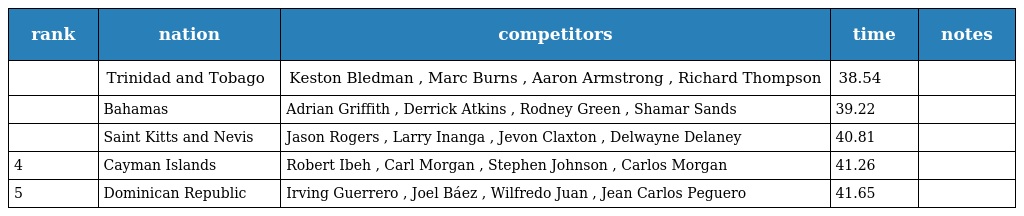
| rank | nation | competitors | time | notes |
 | --- | --- | --- | --- | --- |
 |  | Trinidad and Tobago | Keston Bledman , Marc Burns , Aaron Armstrong , Richard Thompson | 38.54 |  |
 |  | Bahamas | Adrian Griffith , Derrick Atkins , Rodney Green , Shamar Sands | 39.22 |  |
 |  | Saint Kitts and Nevis | Jason Rogers , Larry Inanga , Jevon Claxton , Delwayne Delaney | 40.81 |  |
 | 4 | Cayman Islands | Robert Ibeh , Carl Morgan , Stephen Johnson , Carlos Morgan | 41.26 |  |
 | 5 | Dominican Republic | Irving Guerrero , Joel Báez , Wilfredo Juan , Jean Carlos Peguero | 41.65 |  |